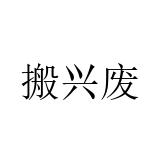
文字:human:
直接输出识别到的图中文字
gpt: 搬兴废